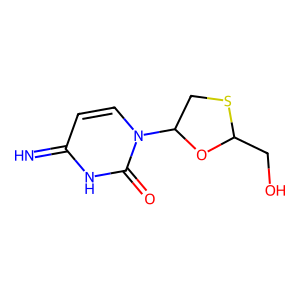
SMILES: N=c1ccn(C2CSC(CO)O2)c(=O)[nH]1
Inhibits HIV replication: Yes